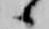
候